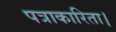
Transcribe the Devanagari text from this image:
पत्राकारिता।